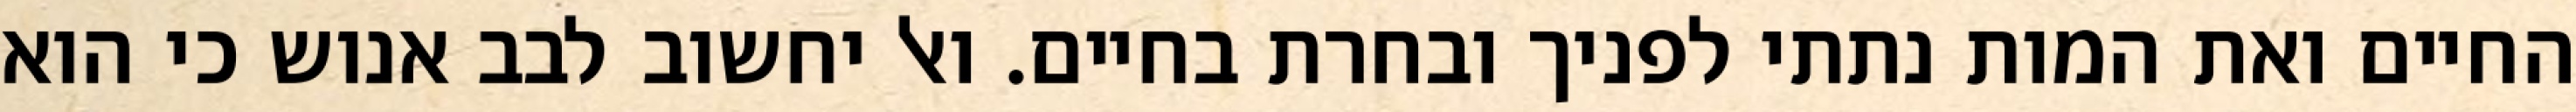
החיים ואת המות נתתי לפניך ובחרת בחיים. ואל יחשוב לבב אנוש כי הוא